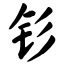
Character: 钐